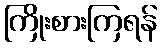
ကြိုးစားကြရန်